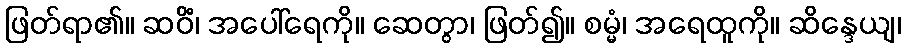
ဖြတ်ရာ၏။ ဆဝိံ၊ အပေါ်ရေကို။ ဆေတွာ၊ ဖြတ်၍။ စမ္မံ၊ အရေထူကို။ ဆိန္ဒေယျ၊